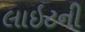
લાઇટની